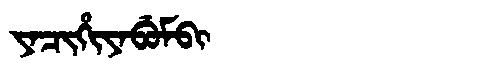
Manchu: ᠶᠠᠴᡳᡥᡳᠶᠠᠪᡠᠮᠪᡳ
Romanization: YACIHIYABUMBI